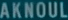
AKNOUL